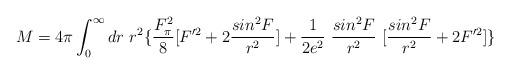
LaTeX: \begin{align*}M= 4\pi \int_0^\infty dr~r^2\{ \frac{F_\pi^2}{8} [ F'^2 +2\frac{sin^2F}{r^2} ] +\frac{1}{2e^2} ~\frac{sin^2F}{r^2}~[\frac{sin^2F}{r^2} + 2F'^2]\} \end{align*}